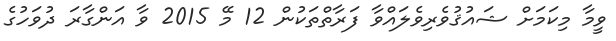
ވީމާ މިކަމަށް ޝައުޤުވެރިވެލައްވާ ފަރާތްތަކުން 12 މޭ 2015 ވާ އަންގާރަ ދުވަހުގެ